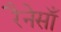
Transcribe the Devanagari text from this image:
रैनेसाँ